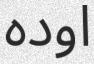
اوده